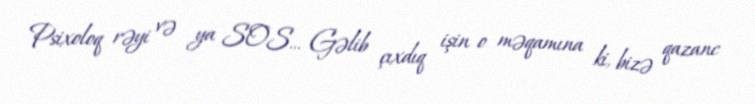
Psixoloq rəyi və ya SOS... Gəlib çıxdıq işin o məqamına ki, bizə qazanc